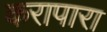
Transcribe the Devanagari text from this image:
करापारा